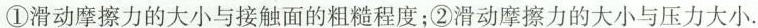
①滑动摩擦力的大小与接触面的粗糙程度；②滑动摩擦力的大小与压力大小.